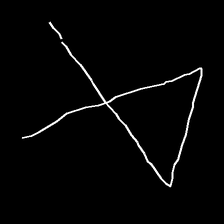
Glyph: collection